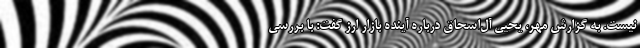
نیست. به گزارش مهر، یحیی آل‌اسحاق درباره آینده بازار ارز گفت: با بررسی